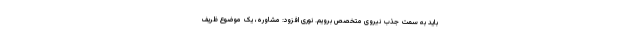
باید به سمت جذب نیروی متخصص برویم. نوری افزود: مشاوره، یک موضوع ظریف